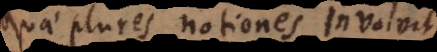
quae plures notiones involvit,